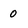
Character: 0